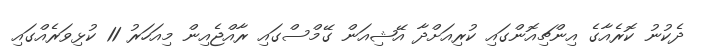
ދެކުނު ކޮރެއާގެ އިންޗިއޮންގައި ކުރިއަށްދާ އޭޝިއަން ގޭމްސްގައި ރާއްޖެއިން މިއަހަރު 11 ކުޅިވަރެއްގައި